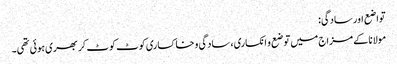
تواضع اور سادگی:
مولانا کے مزاج میں توضع و انکساری، سادگی و خاکساری کوٹ کوٹ کر بھری ہوئی تھی۔